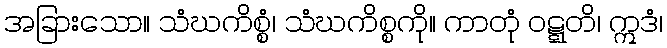
အခြားသော။ သံဃကိစ္စံ၊ သံဃကိစ္စကို။ ကာတုံ ဝဋ္ဋတိ၊ ဣဒံ၊